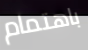
باهتمام